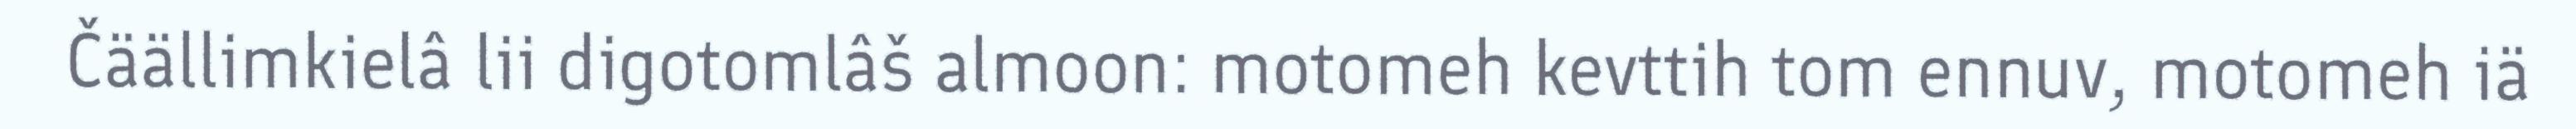
Čäällimkielâ lii digotomlâš almoon: motomeh kevttih tom ennuv, motomeh iä